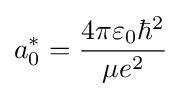
a_{0}^{*}={{4\pi \varepsilon _{0}\hbar ^{2}} \over {\mu e^{2}}}